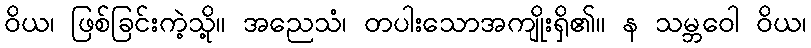
ဝိယ၊ ဖြစ်ခြင်းကဲ့သို့။ အညေသံ၊ တပါးသောအကျိုးရှိ၏။ န သမ္ဘဝေါ ဝိယ၊